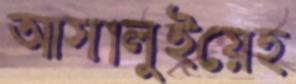
আসালুইয়েহ